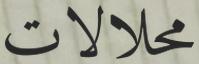
محلالات